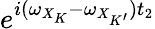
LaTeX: e^{i(\omega_{X_{K}}-\omega_{X_{K^{\prime}}})t_{2}}